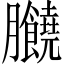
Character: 𦣗